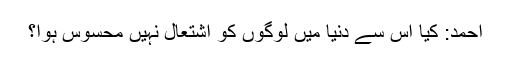
احمد: کیا اس سے دنیا میں لوگوں کو اشتعال نہیں محسوس ہوا؟